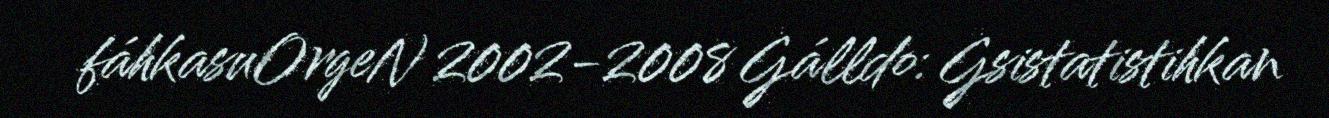
fáhkasuOrgeN 2002-2008 Gálldo: Gsistatistihkan